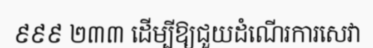
៩៩៩ ២៣៣ ដើម្បីឱ្យជួយដំណើរការសេវា